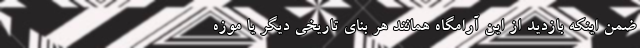
ضمن اینکه بازدید از این آرامگاه همانند هر بنای تاریخی دیگر یا موزه